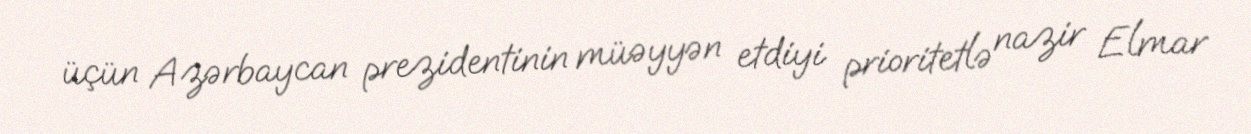
üçün Azərbaycan prezidentinin müəyyən etdiyi prioritetlə nazir Elmar